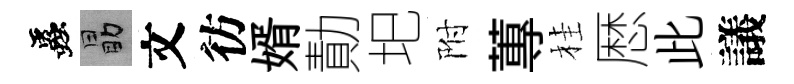
蟲勗文彷婿勣圯附蓴桂厯此議